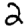
Digit: 2